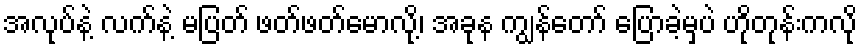
အလုပ်နဲ့ လက်နဲ့ မပြတ် ဖတ်ဖတ်မောလို့၊ အခုန ကျွန်တော် ပြောခဲ့မှပဲ ဟိုတုန်းကလို